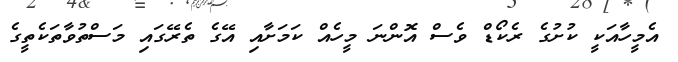
އެމީހާއަކީ ކުށުގެ ރެކޯޑް ވެސް އޮންނަ މީހެއް ކަަމަށާއި އޭގެ ތެރޭގައި މަސްތުވާތަކެތީގެ